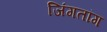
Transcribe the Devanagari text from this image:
जिंगतांग